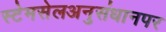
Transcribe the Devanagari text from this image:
स्टेमसेलअनुसंधानपर